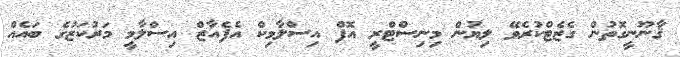
ޤާނޫނީގޮތުން ގެޒެޓްކުރެވޭ ލިޔުން މިނިސްޓްރީ އޮފް އިސްލާމިކް އެފެއާޒް އިސްލާމީ މަރުކަޒުގެ ބައެއް